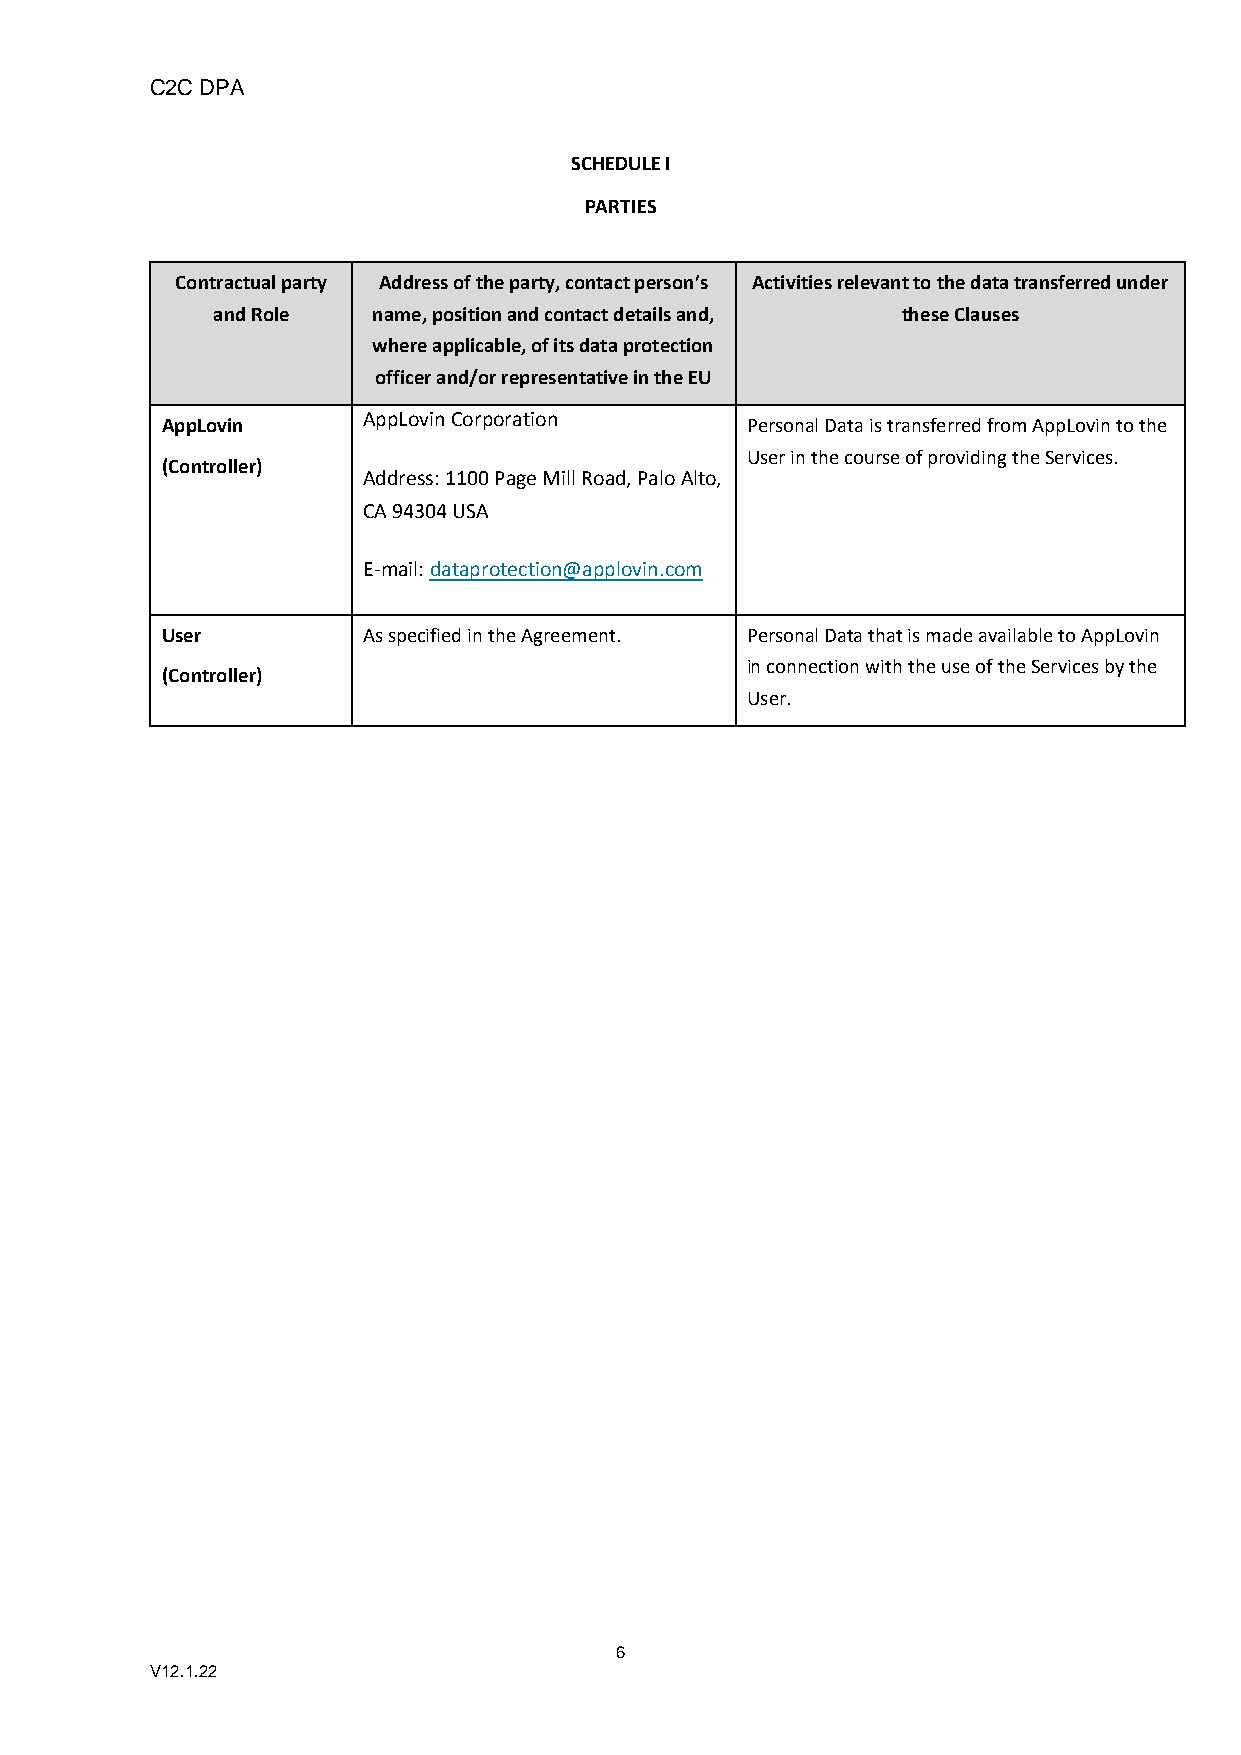
C2C DPA
 SCHEDULE I
 PARTIES
 Contractual party Address of the party, contact person’s Activities relevant to the data transferred under
 and Role   name, position and contact details and, these Clauses
 where applicable, of its data protection
 officer and/or representative in the EU
 ●  AppLovin
 AppLovin Corporation
 ● Personal Data is transferred from AppLovin to the
 User in the course of providing the Services.
 ●  (Controller)
 Address: 1100 Page Mill Road, Palo Alto,
 CA 94304 USA
 E-mail: dataprotection@applovin.com
 ●  User       ● As specified in the Agreement. ● Personal Data that is made available to AppLovin
 in connection with the use of the Services by the
 ●  (Controller)
 User.
 6
 V12.1.22